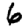
Digit: 6